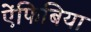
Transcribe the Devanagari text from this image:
ऐंफिबिया